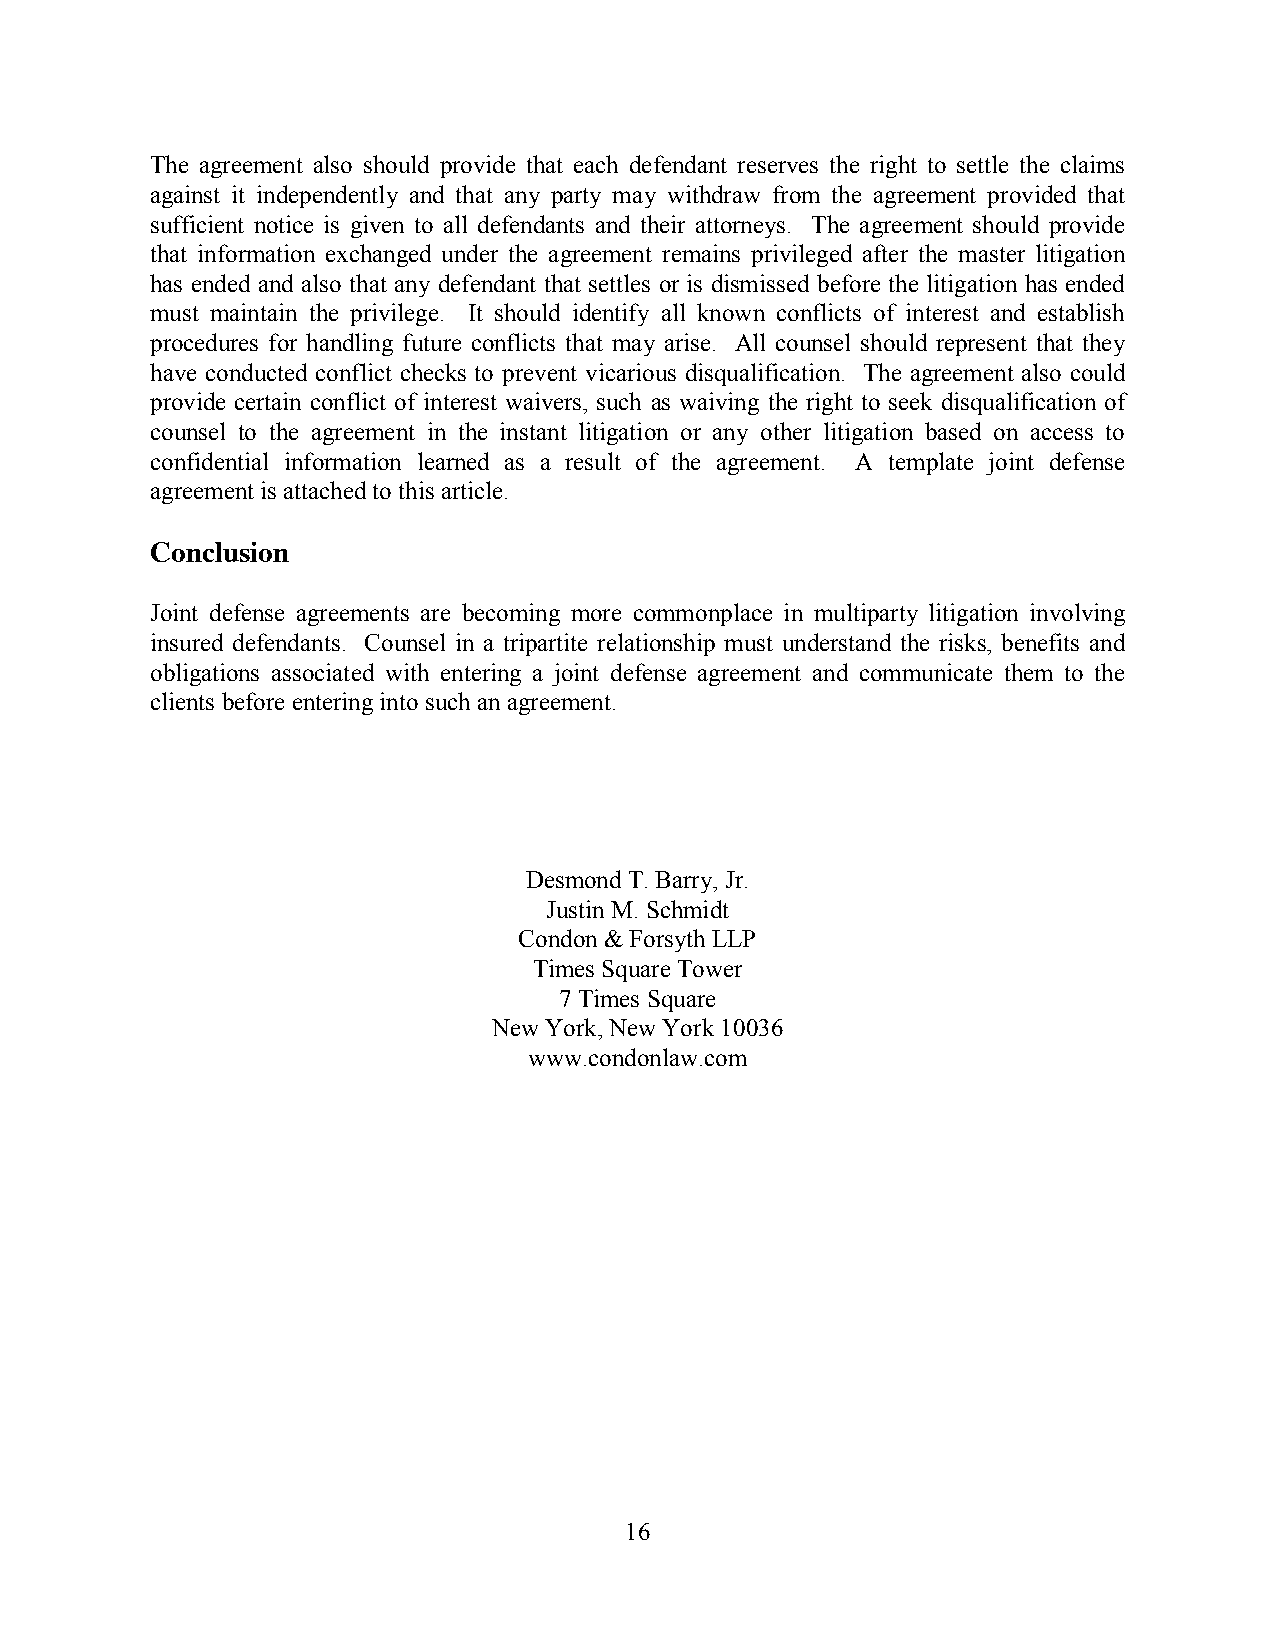
The agreement also should provide that each defendant reserves the right to settle the claims
 against it independently and that any party may withdraw from the agreement provided that
 sufficient notice is given to all defendants and their attorneys. The agreement should provide
 that information exchanged under the agreement remains privileged after the master litigation
 has ended and also that any defendant that settles or is dismissed before the litigation has ended
 must maintain the privilege. It should identify all known conflicts of interest and establish
 procedures for handling future conflicts that may arise. All counsel should represent that they
 have conducted conflict checks to prevent vicarious disqualification. The agreement also could
 provide certain conflict of interest waivers, such as waiving the right to seek disqualification of
 counsel to the agreement in the instant litigation or any other litigation based on access to
 confidential information learned as a result of the agreement. A template joint defense
 agreement is attached to this article.
 Conclusion
 Joint defense agreements are becoming more commonplace in multiparty litigation involving
 insured defendants. Counsel in a tripartite relationship must understand the risks, benefits and
 obligations associated with entering a joint defense agreement and communicate them to the
 clients before entering into such an agreement.
 Desmond T. Barry, Jr.
 Justin M. Schmidt
 Condon & Forsyth LLP
 Times Square Tower
 7 Times Square
 New York, New York 10036
 www.condonlaw.com
 16